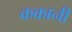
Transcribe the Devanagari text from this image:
ककानी